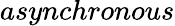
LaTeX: \textit{asynchronous}